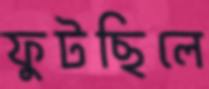
ফুটছিলে